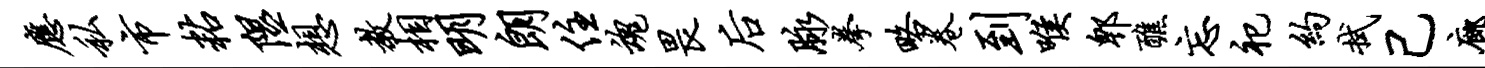
应私市粘隰想教相明朗住魂畏後脉拳略卷到喉郫醮忘祀约拭己廊雪